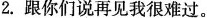
2.跟你们说再见我很难过。